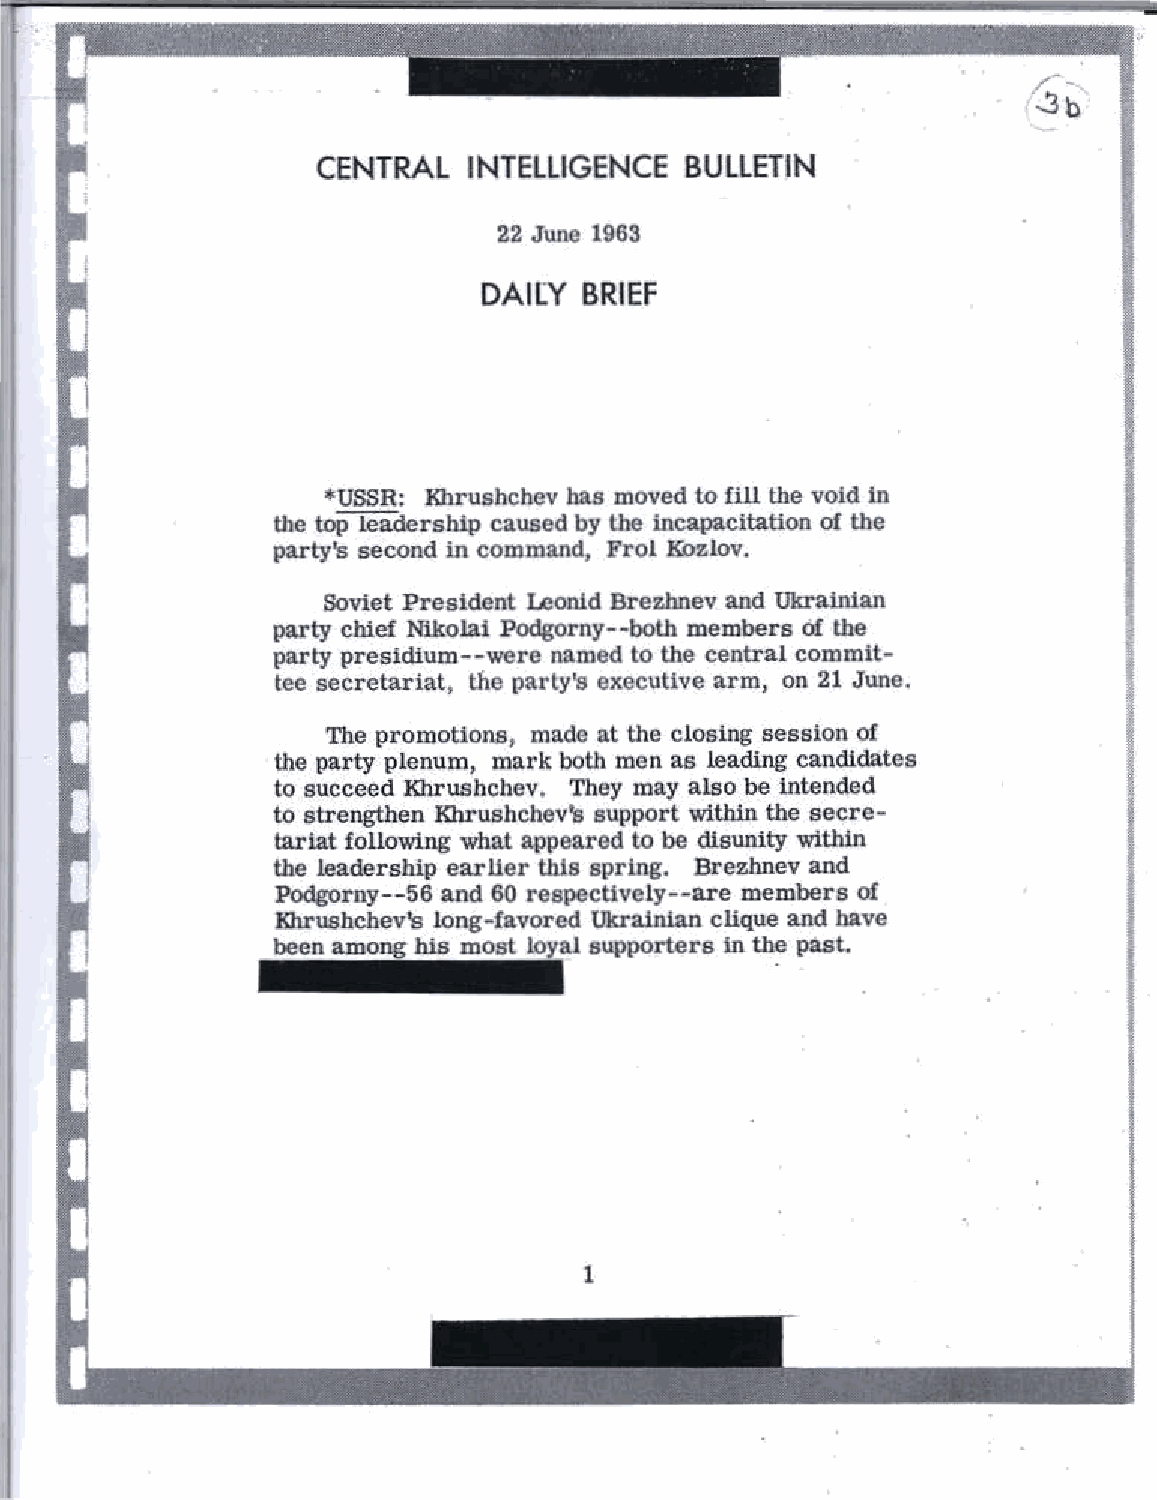
-
 /.-
 ...'.3b
 CENTRAL   INTELLIGENCE  BULLETIN
 22 June 1963
 DAILY  BRIEF
 *USSR: Khrushchev has moved to fill the void in
 the top leadership caused by the incapacitation of the
 party's second in command, Frol Kozlov.
 Soviet President Leonid Brezhnev and Ukrainian
 party chief Nikolai Podgorny--both members 6f the
 party presidium--were named to the central commit
 tee secretariat, the party's executive arm, on 21 June.
 The promotions, made at the closing session of
 the party plenum, mark both men as leading candidates
 to succeed Khrushchev. They may also be intended
 to strengthen Khrushchev's support within the secre
 tariat following what appeared to be disunity within
 the leadership earlier this spring. Brezhnev and
 Podgorny--56 and 60 respectively--are members of
 Khrushchev's long-favored Ukrainian clique and have
 been among his most loyal supporters in the past.
 1